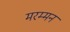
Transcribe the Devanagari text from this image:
मरम्मन